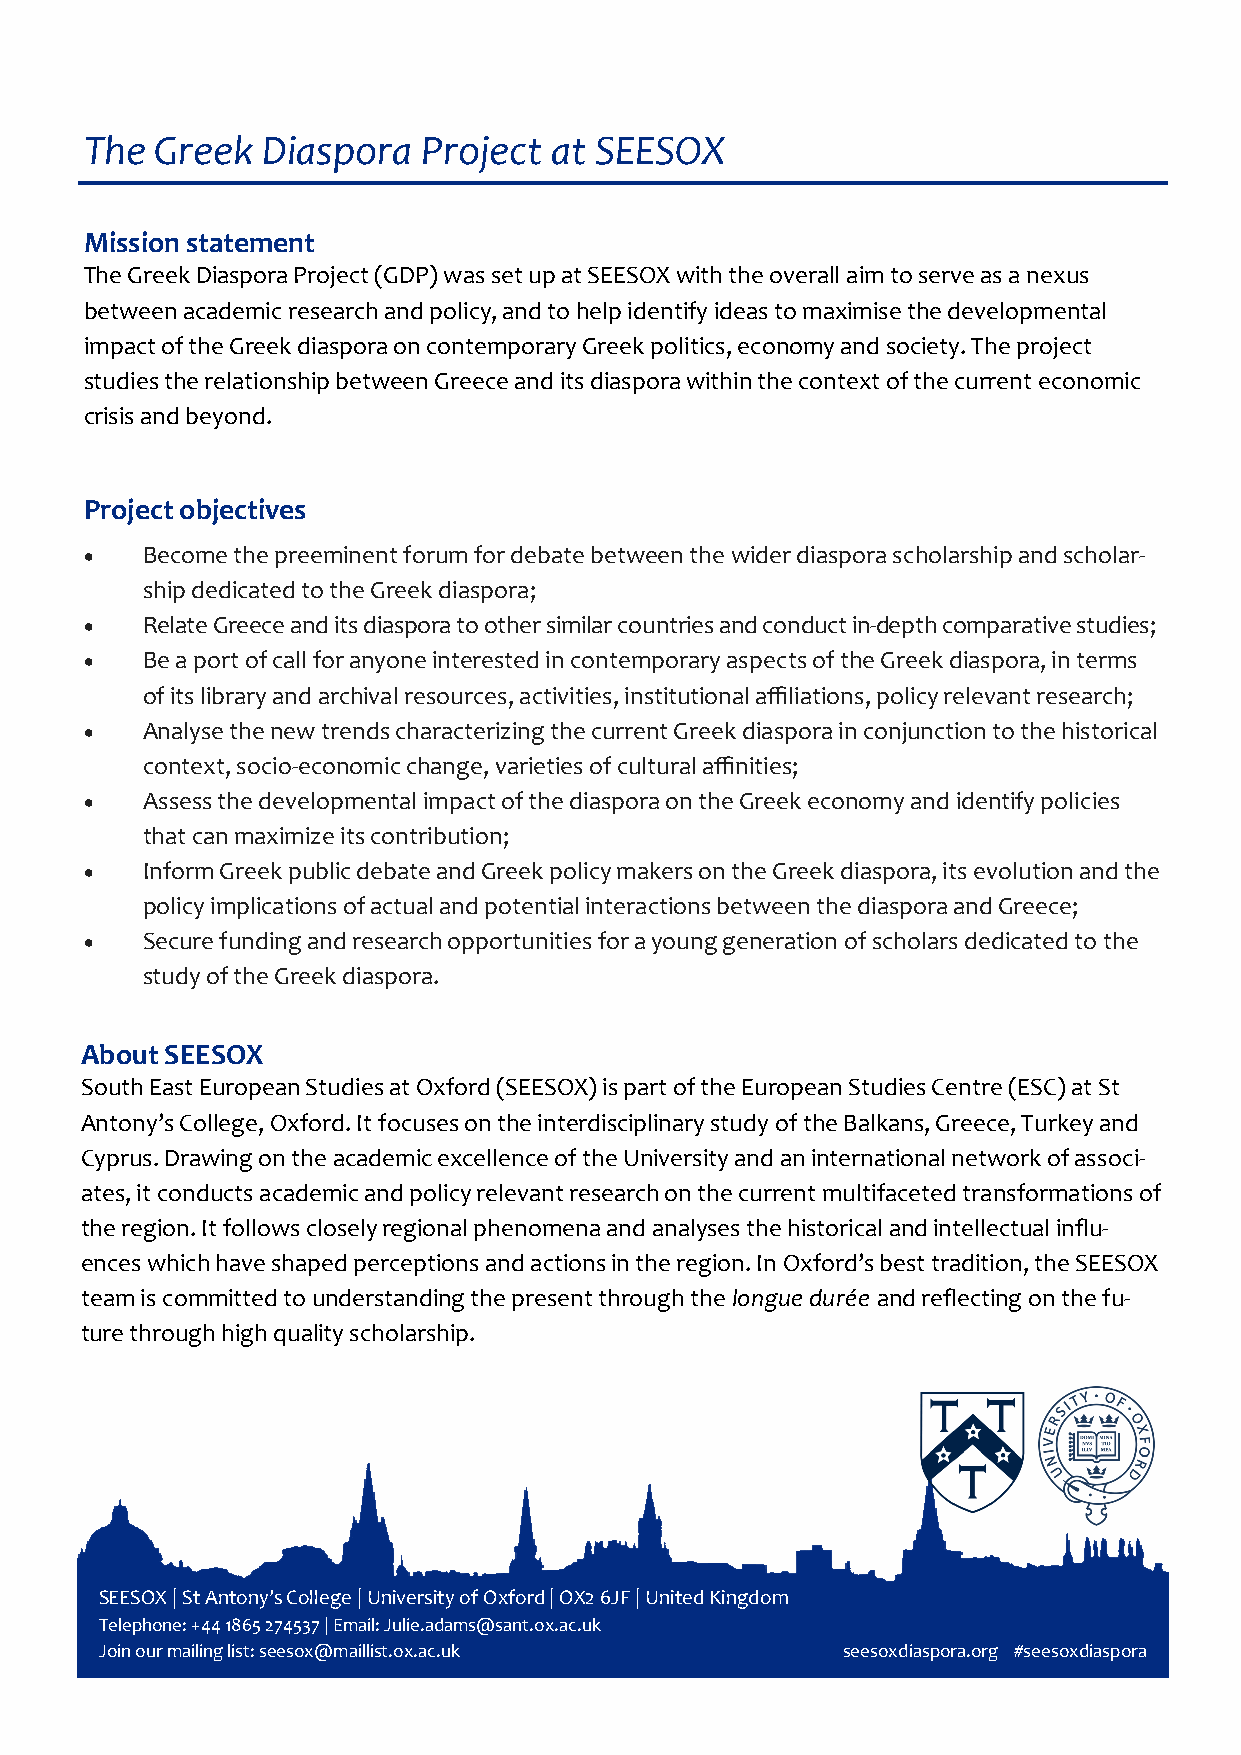
The Greek  Diaspora   Project at SEESOX
 Mission statement
 The Greek Diaspora Project (GDP) was set up at SEESOX with the overall aim to serve as a nexus
 between academic research and policy, and to help identify ideas to maximise the developmental
 impact of the Greek diaspora on contemporary Greek politics, economy and society. The project
 studies the relationship between Greece and its diaspora within the context of the current economic
 crisis and beyond.
 Project objectives
   Become the preeminent forum for debate between the wider diaspora scholarship and scholar-
 ship dedicated to the Greek diaspora;
   Relate Greece and its diaspora to other similar countries and conduct in-depth comparative studies;
   Be a port of call for anyone interested in contemporary aspects of the Greek diaspora, in terms
 of its library and archival resources, activities, institutional affiliations, policy relevant research;
   Analyse the new trends characterizing the current Greek diaspora in conjunction to the historical
 context, socio-economic change, varieties of cultural affinities;
   Assess the developmental impact of the diaspora on the Greek economy and identify policies
 that can maximize its contribution;
   Inform Greek public debate and Greek policy makers on the Greek diaspora, its evolution and the
 policy implications of actual and potential interactions between the diaspora and Greece;
   Secure funding and research opportunities for a young generation of scholars dedicated to the
 study of the Greek diaspora.
 About SEESOX
 South East European Studies at Oxford (SEESOX) is part of the European Studies Centre (ESC) at St
 Antony’s College, Oxford. It focuses on the interdisciplinary study of the Balkans, Greece, Turkey and
 Cyprus. Drawing on the academic excellence of the University and an international network of associ-
 ates, it conducts academic and policy relevant research on the current multifaceted transformations of
 the region. It follows closely regional phenomena and analyses the historical and intellectual influ-
 ences which have shaped perceptions and actions in the region. In Oxford’s best tradition, the SEESOX
 team is committed to understanding the present through the longue durée and reflecting on the fu-
 ture through high quality scholarship.
 SEESOX | St Antony’s College | University of Oxford | OX2 6JF | United Kingdom
 Telephone: +44 1865 274537 | Email: Julie.adams@sant.ox.ac.uk
 Join our mailing list: seesox@maillist.ox.ac.uk  seesoxdiaspora.org #seesoxdiaspora